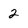
Character: 2